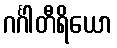
ဂင်္ဂါတီရိယော